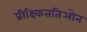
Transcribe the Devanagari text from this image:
प्रीक्ष्किततिओन